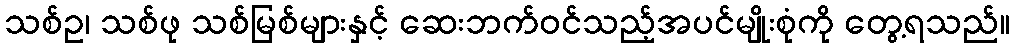
သစ်ဥ၊ သစ်ဖု သစ်မြစ်များနှင့် ဆေးဘက်ဝင်သည့်အပင်မျိုးစုံကို တွေ့ရသည်။